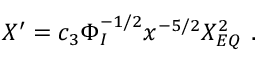
X ^ { \prime } = c _ { 3 } \Phi _ { I } ^ { - 1 / 2 } x ^ { - 5 / 2 } X _ { E Q } ^ { 2 } \ .